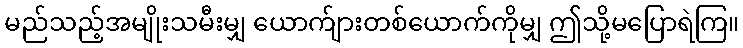
မည်သည့်အမျိုးသမီးမျှ ယောက်ျားတစ်ယောက်ကိုမျှ ဤသို့မပြောရဲကြ။